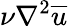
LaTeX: \nu\nabla^{2}\overline{{u}}